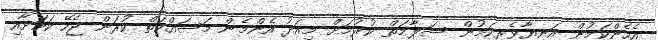
އެހެންކަމުން އަނިޔާވެރިކަމުން ސަލާމަތް ކުރުމަށް މިއަދު އެންމެން މަސައްކަތް ކުރަން ޖެހޭ ކަމަށާއި